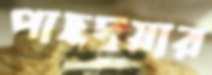
পাছদুয়ার